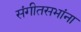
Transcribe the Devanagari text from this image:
संगीतसभांना